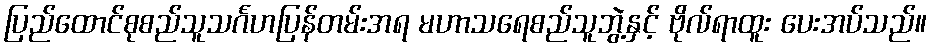
ပြည်ထောင်စုစည်သူသင်္ဂဟပြန်တမ်းအရ မဟာသရေစည်သူဘွဲ့နှင့် ဗိုလ်ရာထူး ပေးအပ်သည်။